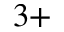
^ { 3 + }